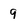
Character: q